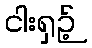
ငါးရှဉ့်